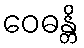
ဝေဓန္တိ